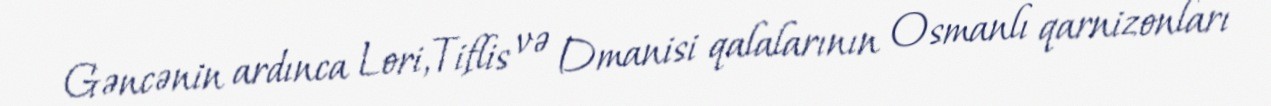
Gəncənin ardınca Lori,Tiflis və Dmanisi qalalarının Osmanlı qarnizonları